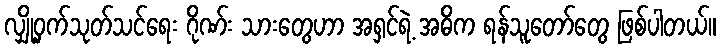
လျှို့ဝှက်သုတ်သင်ရေး ဂိုဏ်း သားတွေဟာ အရှင်ရဲ့ အဓိက ရန်သူတော်တွေ ဖြစ်ပါတယ်။